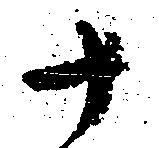
十